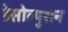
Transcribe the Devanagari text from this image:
डेसोल्युशन